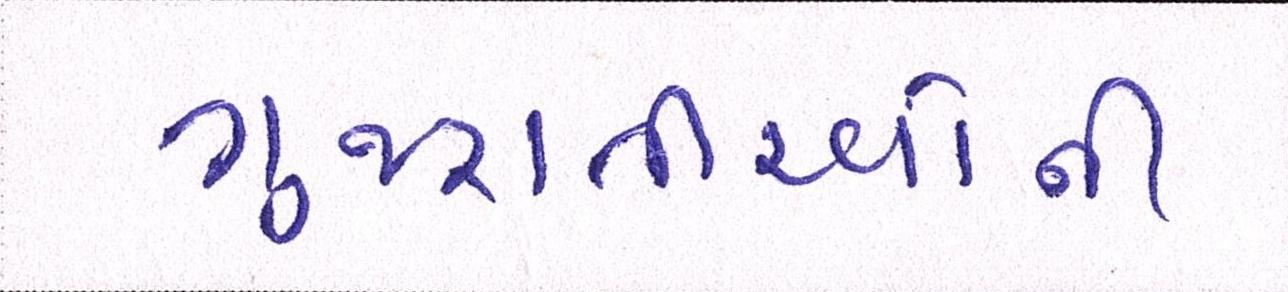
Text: ગુજરાતીઓની